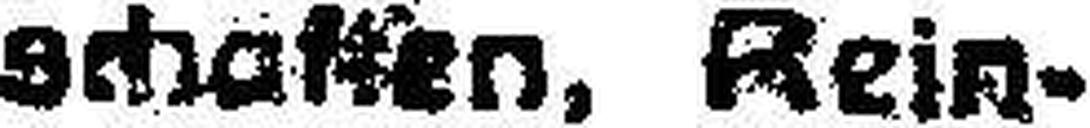
schaffen, Rein¬